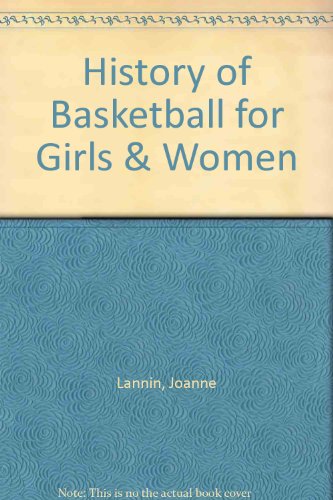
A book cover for History of Basketball for Girls & Women; Joanne Lannin; Teen & Young Adult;